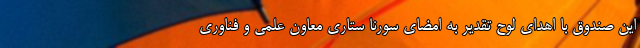
این صندوق با اهدای لوح تقدیر به امضای سورنا ستاری معاون علمی و فناوری